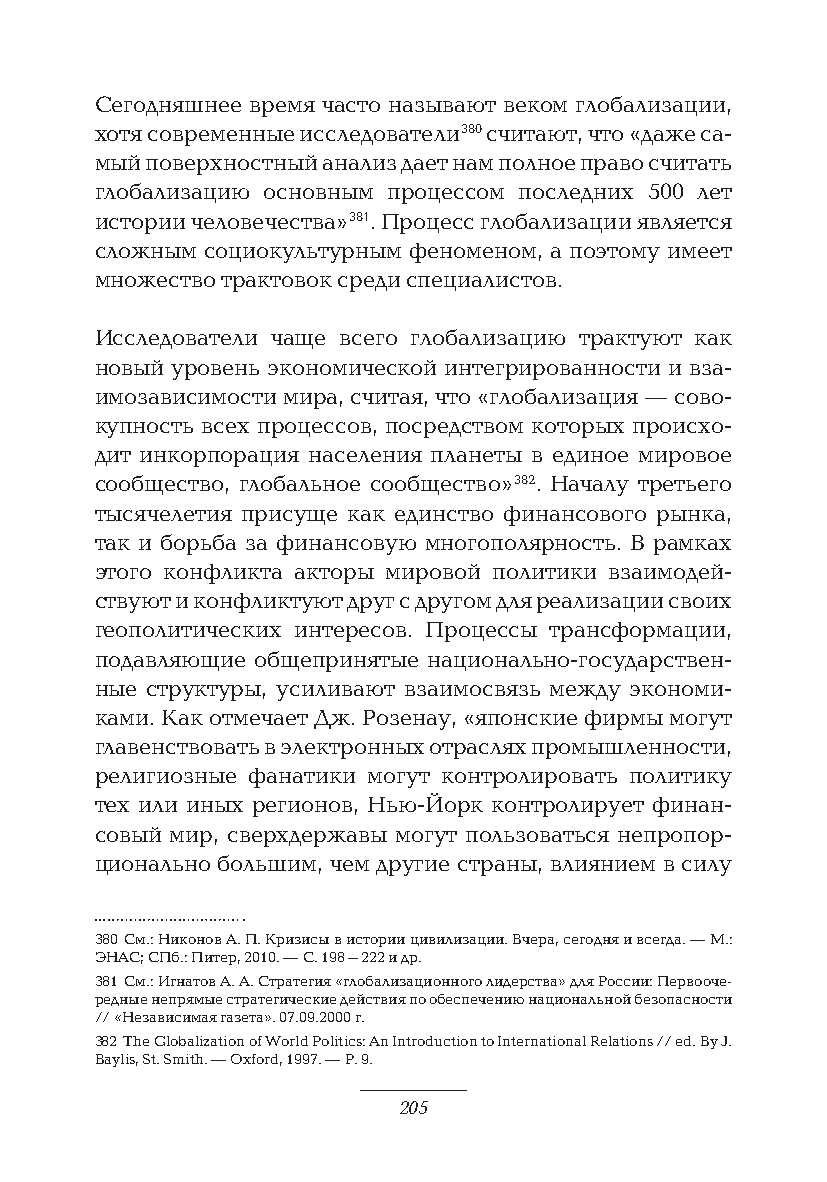
Сегодняшнее время часто называют веком глобализации,
 хотя современные исследователи 380 считают, что «даже са-
 мый поверхностный анализ дает нам полное право считать
 глобализацию основным процессом последних 500 лет
 истории человечества» 381. Процесс глобализации является
 сложным социокультурным феноменом, а поэтому имеет
 множество трактовок среди специалистов.
 Исследователи чаще всего глобализацию трактуют как
 новый уровень экономической интегрированности и вза-
 имозависимости мира, считая, что «глобализация — сово-
 купность всех процессов, посредством которых происхо-
 дит инкорпорация населения планеты в единое мировое
 сообщество, глобальное сообщество» 382. Началу третьего
 тысячелетия присуще как единство финансового рынка,
 так и борьба за финансовую многополярность. В рамках
 этого конфликта акторы мировой политики взаимодей-
 ствуют и конфликтуют друг с другом для реализации своих
 геополитических интересов. Процессы трансформации,
 подавляющие общепринятые национально-государствен-
 ные структуры, усиливают взаимосвязь между экономи-
 ками. Как отмечает Дж. Розенау, «японские фирмы могут
 главенствовать в электронных отраслях промышленности,
 религиозные фанатики могут контролировать политику
 тех или иных регионов, Нью-Йорк контролирует финан-
 совый мир, сверхдержавы могут пользоваться непропор-
 ционально большим, чем другие страны, влиянием в силу
 380 См.: Никонов А. П. Кризисы в истории цивилизации. Вчера, сегодня и всегда. — М.:
 ЭНАС; СПб.: Питер, 2010. — С. 198–222 и др.
 381 См.: Игнатов А. А. Стратегия «глобализационного лидерства» для России: Первооче-
 редные непрямые стратегические действия по обеспечению национальной безопасности
 // «Независимая газета». 07.09.2000 г.
 382 The Globalization of World Politics: An Introduction to International Relations // еd. By J.
 Baylis, St. Smith. — Oxford, 1997. — P. 9.
 205